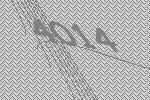
4014